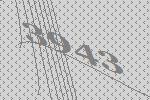
3943